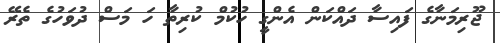
ޖޫރިމަނާގެ ފައިސާ ދައްކަން އެންގީ ހުކުމް ކުރިތާ ހަ މަސް ދުވަހުގެ ތެރޭ